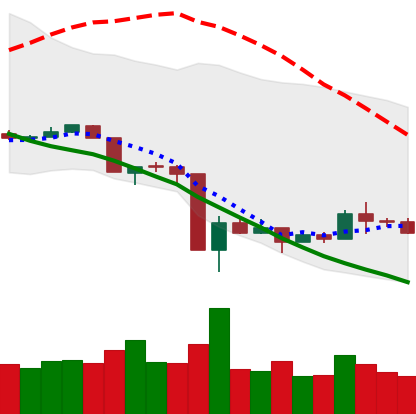
Ticker: XLM-USD
Chart end date: 2020-03-22
Forward return: 10.683%
Label: up_7plus